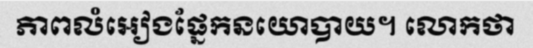
ភាពលំអៀងផ្នែកនយោបាយ។ លោកថា